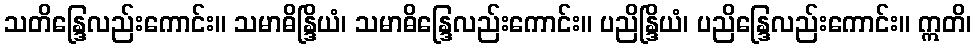
သတိန္ဒြေလည်းကောင်း။ သမာဓိန္ဒြိယံ၊ သမာဓိန္ဒြေလည်းကောင်း။ ပညိန္ဒြိယံ၊ ပညိန္ဒြေလည်းကောင်း။ ဣတိ၊